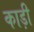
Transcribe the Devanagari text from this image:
काड़ी